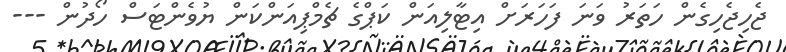
ޖެހިޖެހިގެން ހަތަރު ވަނަ ފަހަރަށް އިޓާލިއަން ކަޕްގެ ޗެމްޕިއަންކަން ޔުވެންޓަސް ހޯދުން ---